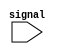
module if_else_example (
    input wire signal
);

reg result;

always @ (signal) begin
    if (signal == 1'b1) begin
        result = 1'b1;
    end else begin
        result = 1'b0;
    end
end

endmodule